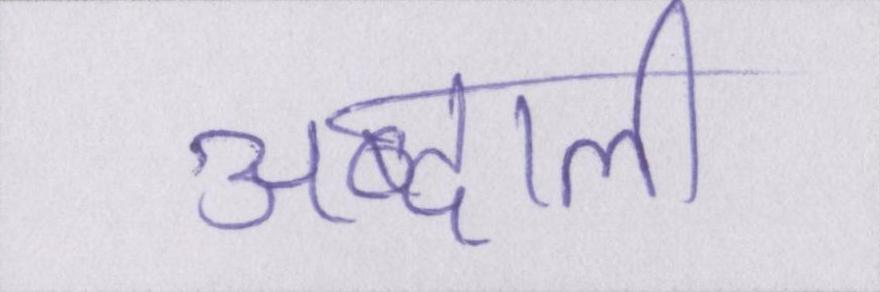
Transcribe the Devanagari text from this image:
अब्दाली